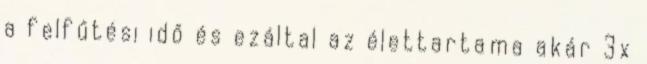
a felfűtési idő és ezáltal az élettartama akár 3x